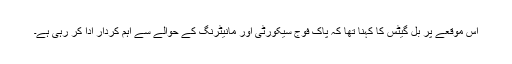
اس موقعے پر بل گیٹس کا کہنا تھا کہ پاک فوج سیکورٹی اور مانیٹرنگ کے حوالے سے اہم کردار ادا کر رہی ہے۔